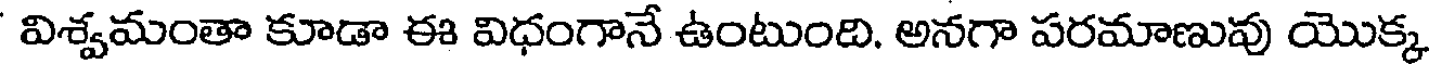
విశ్వమంతా కూడా ఈ విధంగానే ఉంటుంది. అనగా పరమాణువు యొక్క